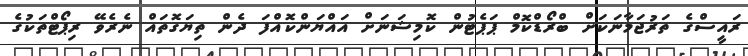
ރައީސްގެ ތަރުޖަމާނަކަށް ބްރޯޑްކޮމް ޕަޕެޓުން ކޮމިޝަނަށް އައްޔަންކޮއްފަ ދެން ތިޔަގޮތައް ނެރެވޭ ރިޕޯޓްތަކުގެ